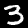
Label: 3